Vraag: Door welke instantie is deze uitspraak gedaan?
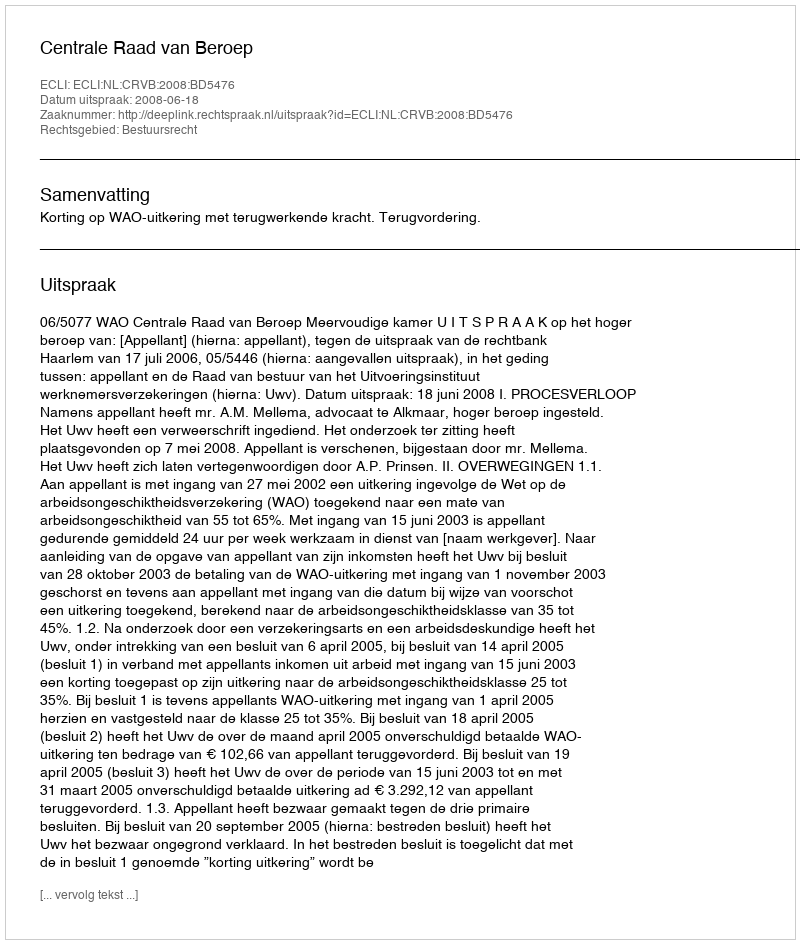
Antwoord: Centrale Raad van Beroep